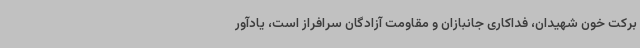
برکت خون شهیدان، فداکاری جانبازان و مقاومت آزادگان سرافراز است، یادآور